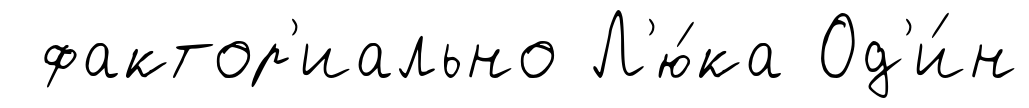
фактор'иально Л'ю́ка Од'и́н